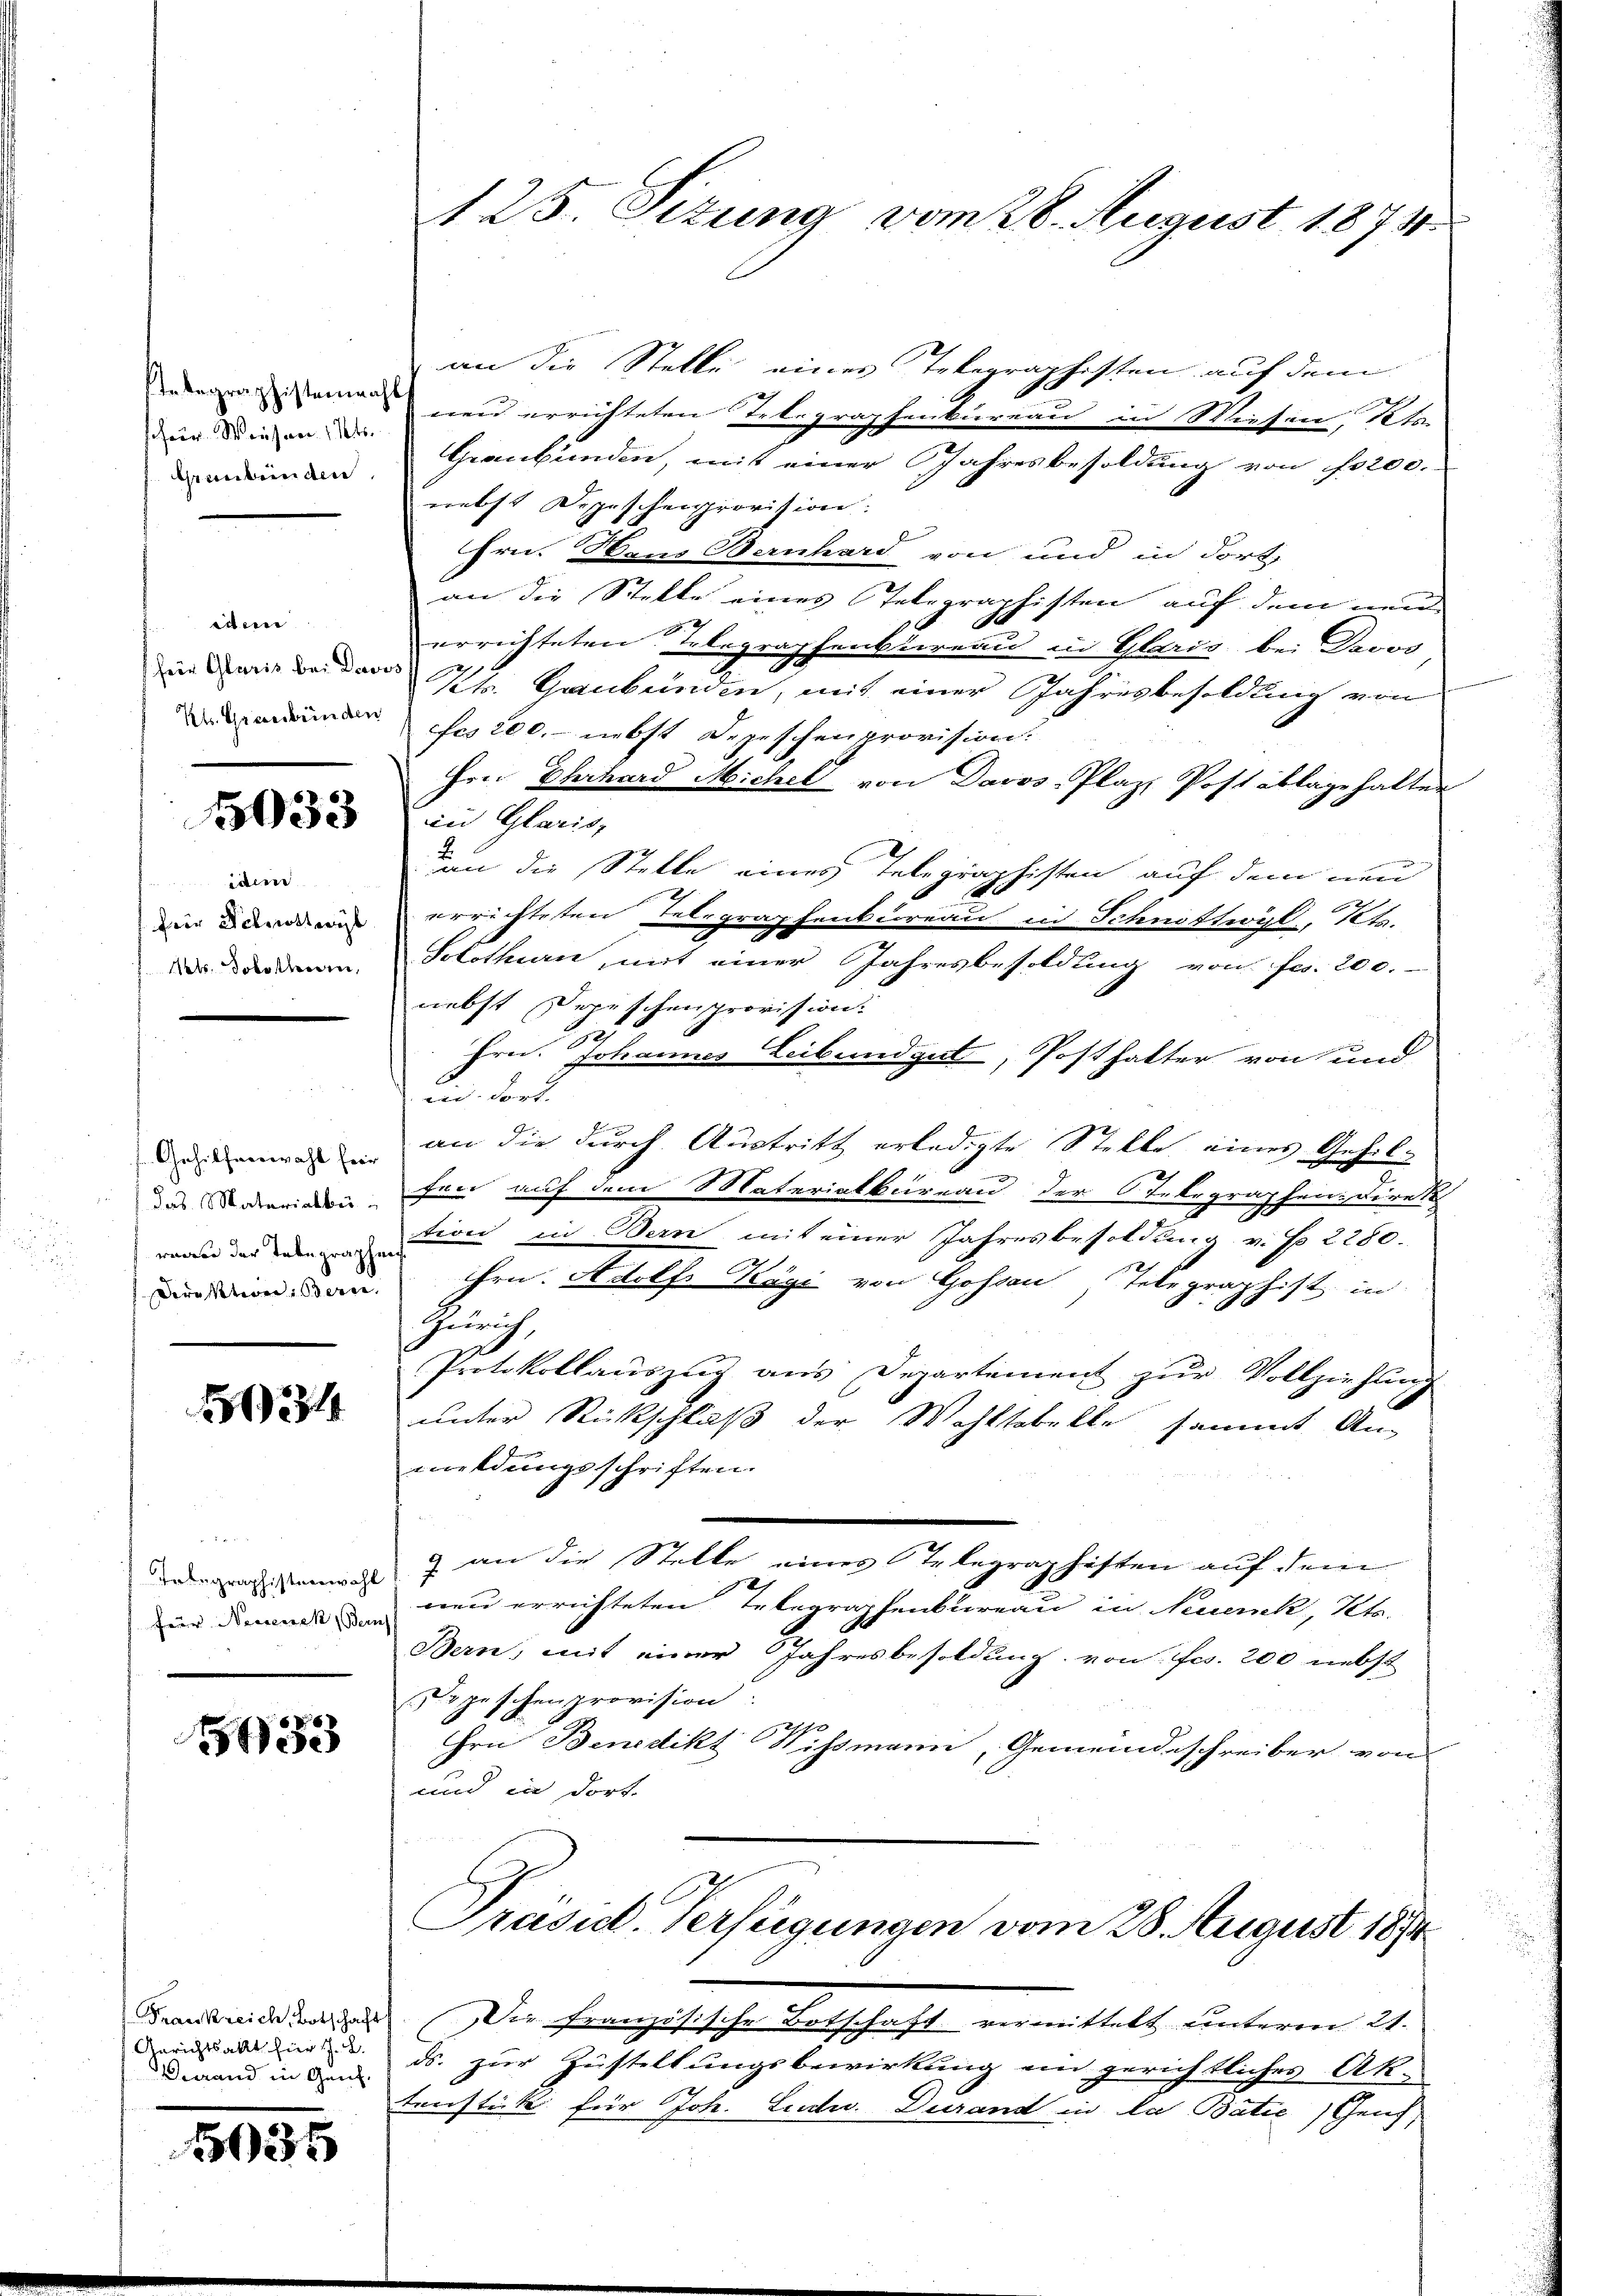
stelegraphistenwahl
scher Weiser, 1 Kts.
Graubünden

eie
fein Glaris bei Dave
Kl. Graubünden

5033

idem
fir Schmittags
Nets. Solothurn,

Gehilferwahl für
das Materialbu
waren der Tabegraphen
Direktion: Bere

134

u
Telegraphisterswohl
Feür Neesenek, Beruf

5133

Frankreich, Botschaft
Gerichtsakt fier 1. 2.
Dierand in Genf.

1035

125. Eitung vom 28. August 1874.

an die Stelle eines Telegraphisten auf den
neu errichteten Telegraphenbureau in Wiesen Pete
Graubünden, mit einer Jahresbesoldung von Prod.
nebst Depeschenprovision.
Hrn. Haus Bernhard von und in dort.
an die Stelle eines Telegraphisten auf dem und
9
errichteten Telegraphenbureau in Glaris bei Davos
Pt. Gaubünden, mit einer Jahresbesoldung von
fes 200.- nebst Depeschenprovision:
frei Ehrhard Michel von Davos-Plaz, Post ablage halten
in Glaris,
an die Stelle eines Telegraphisten auf dem neu
errichteten Telegraphenbureau in Schnottwyl, Tets.
Solothurn, mit einer Jahresbesoldung von Fr. 200.
nebst Depeschenprovision.
Hrn. Johannes Leibendgut, Posthalter von und
eid. Fort
an die durch Austritt erledigte Stelle eines Gehilfen auf dem Materiatbureau der Telegraphen Direk
tion in Bern mit einer Jahresbesoldung v. No 2280.
ihrn. Adolf Käge von Gossau Telegraphist in
Zürich
Protokollauszug aus Departement zur Vollziehung
unter Rückschluß der Wohltobelte, sammt An-
meldungsschriften.
 an die Stelle eines Telegraphisten auf dem
neu errichteten Telegraphenbureau in Neuenk, Kts.
Bern, mit einer Jahresbesoldung vonfcs. 200 nebst
Depeschenprovision.
190
Hrn Benedikt Sissmann, Gemeindsschreiber von
und in dort.
Präsid. Verfügungen vom 28. August 1894
Die französische Botschaft vermittelt unterm 21.
ds. zur Zustellungsbewirkung ein gerichtliches Ak.
tenstück für Joh. Ludu. Durand in das Batić) Genf,